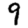
Digit: 9